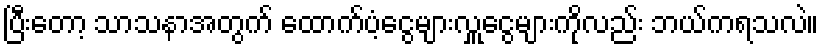
ပြီးတော့ သာသနာအတွက် ထောက်ပံ့ငွေများလှူငွေများကိုလည်း ဘယ်ကရသလဲ။